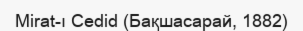
Mirat-ı Cedid (Бақшасарай, 1882)